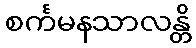
စင်္ကမနသာလန္တိ